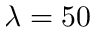
\lambda = 5 0